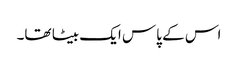
اس کے پاس ایک بیٹا تھا۔